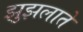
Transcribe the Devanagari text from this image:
झुझलाते